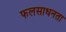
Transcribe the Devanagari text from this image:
फलसाधनता